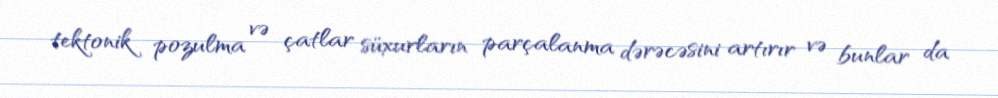
tektonik pozulma və çatlar süxurların parçalanma dərəcəsini artırır və bunlar da